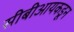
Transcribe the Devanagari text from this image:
सीबीआयकडून